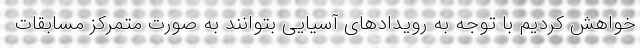
خواهش کردیم با توجه به رویدادهای آسیایی بتوانند به صورت متمرکز مسابقات